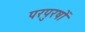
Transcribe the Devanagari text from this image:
परपुरषों